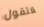
لاتقول